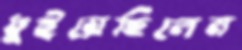
ধুইয়েছিলেম